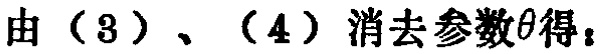
由（3）、（4）消去参数\(\theta\)得：